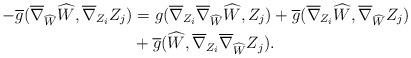
LaTeX: \begin{align*} -\overline{g}(\overline{\nabla}_{\widehat{W}}\widehat{W},\overline{\nabla}_{Z_{i}}Z_{j})&=g(\overline{\nabla}_{Z_{i}}\overline{\nabla}_{\widehat{W}}\widehat{W},Z_{j})+ \overline{g}(\overline{\nabla}_{Z_{i}}\widehat{W},\overline{\nabla}_{\widehat{W}}Z_{j})\\ &+\overline{g}(\widehat{W},\overline{\nabla}_{Z_{i}}\overline{\nabla}_{\widehat{W}}Z_{j}). \end{align*}